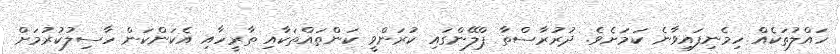
ހައްލުތަކެއް ހިމެނިފައިވާނެ ކަމަށެވެ. ދުރުރާސްތާ ޕްލޭންގައި ކުރަންވީ ކަންތައްތަކާއި ތާރީހާއި އެކަންކަން ހާސިލުކުރުމަށް